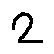
2